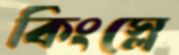
কিংস্লে